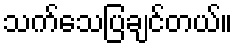
သက်သေပြချင်တယ်။